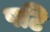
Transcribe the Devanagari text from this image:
षटि